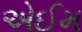
એઈમ